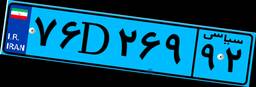
۷۵D۲۶۶۱۰